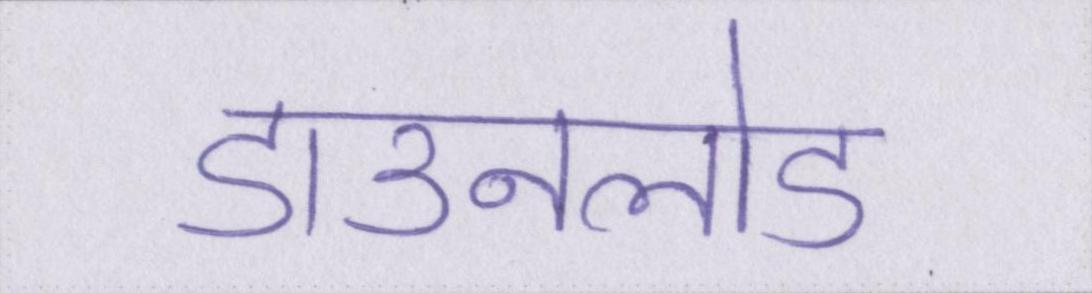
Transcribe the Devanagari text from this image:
डाउनलोड